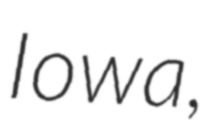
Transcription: Iowa,